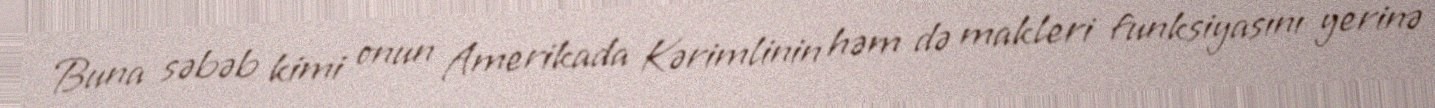
Buna səbəb kimi onun Amerikada Kərimlinin həm də makleri funksiyasını yerinə